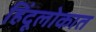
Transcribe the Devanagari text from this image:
हिंदूलोकात